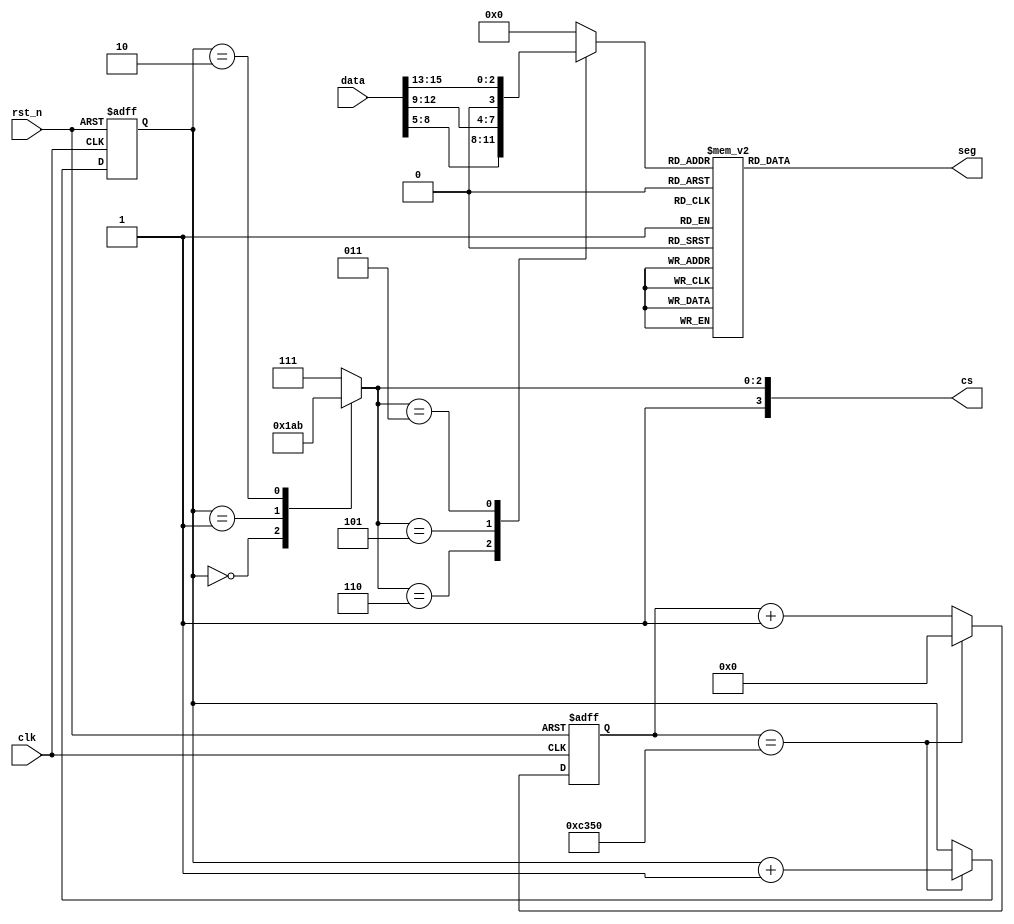
/*
** SEG_D.v
**
**
*/


module SEG_D( input wire clk, input wire rst_n, input [15:0] data, output reg [7:0] seg, output reg [3:0] cs);  
		// Declarar variaveis
		//reg [7:0] seg;  
		//reg [3:0] cs;  
		reg [4:0] dataout_buf;  
		reg [1:0] disp_dat;  
		reg [16:0] delay_cnt;  
		
		always@(posedge clk, negedge rst_n)  
		begin   
			if(!rst_n) begin
				delay_cnt<=16'd0;
			end
			   
			else if( delay_cnt == 16'd50000 ) begin
				delay_cnt<=16'd0;
			end
		    
			else begin
				delay_cnt <= delay_cnt + 1;
			end
		    
		end
		
		always@(posedge clk,negedge rst_n)  
		begin   
				if( !rst_n ) begin
					disp_dat <= 2'd0;
				end
            
				else if( delay_cnt == 16'd50000) begin
					disp_dat <= disp_dat + 1'b1;
				end
            
				else begin
					disp_dat <= disp_dat;
				end
		end
	
		always @ ( disp_dat )  
		begin   
			case( disp_dat )  
				2'b00: cs=4'b1110;  
				2'b01: cs=4'b1101;  
				2'b10: cs=4'b1011;  
				default cs=4'b1111;  
		  endcase   
		end
		
		always @ ( cs )
		begin
			case(cs)  
				4'b1110: dataout_buf=data[8:5];  
				4'b1101: dataout_buf=data[12:9];  
				4'b1011: dataout_buf={1'b0, data[15:13]};  
				default dataout_buf=0;  
			endcase 
		end
		
		always @ ( dataout_buf ) 
		begin
				case( dataout_buf )
						4'h0 : seg = 8'hc0; //0  
						4'h1 : seg = 8'hf9; //1  
						4'h2 : seg = 8'ha4; //2  
						4'h3 : seg = 8'hb0; //3  
						4'h4 : seg = 8'h99; //4  
						4'h5 : seg = 8'h92; //5  
						4'h6 : seg = 8'h82; //6  
						4'h7 : seg = 8'hf8; //7  
						4'h8 : seg = 8'h80; //8  
						4'h9 : seg = 8'h90; //9  
						4'ha : seg = 8'h88; //a  
						4'hb : seg = 8'h83; //b  
						4'hc : seg = 8'hc6; //c  
						4'hd : seg = 8'ha1; //d  
						4'he : seg = 8'h86; //e  
						4'hf : seg = 8'h8e; //f  
						default : seg = 8'hc0;  //0 
				endcase
		end
		
endmodule